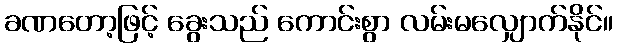
ခဏတော့ဖြင့် ခွေးသည် ကောင်းစွာ လမ်းမလျှောက်နိုင်။